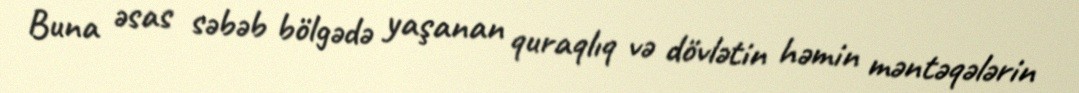
Buna əsas səbəb bölgədə yaşanan quraqlıq və dövlətin həmin məntəqələrin